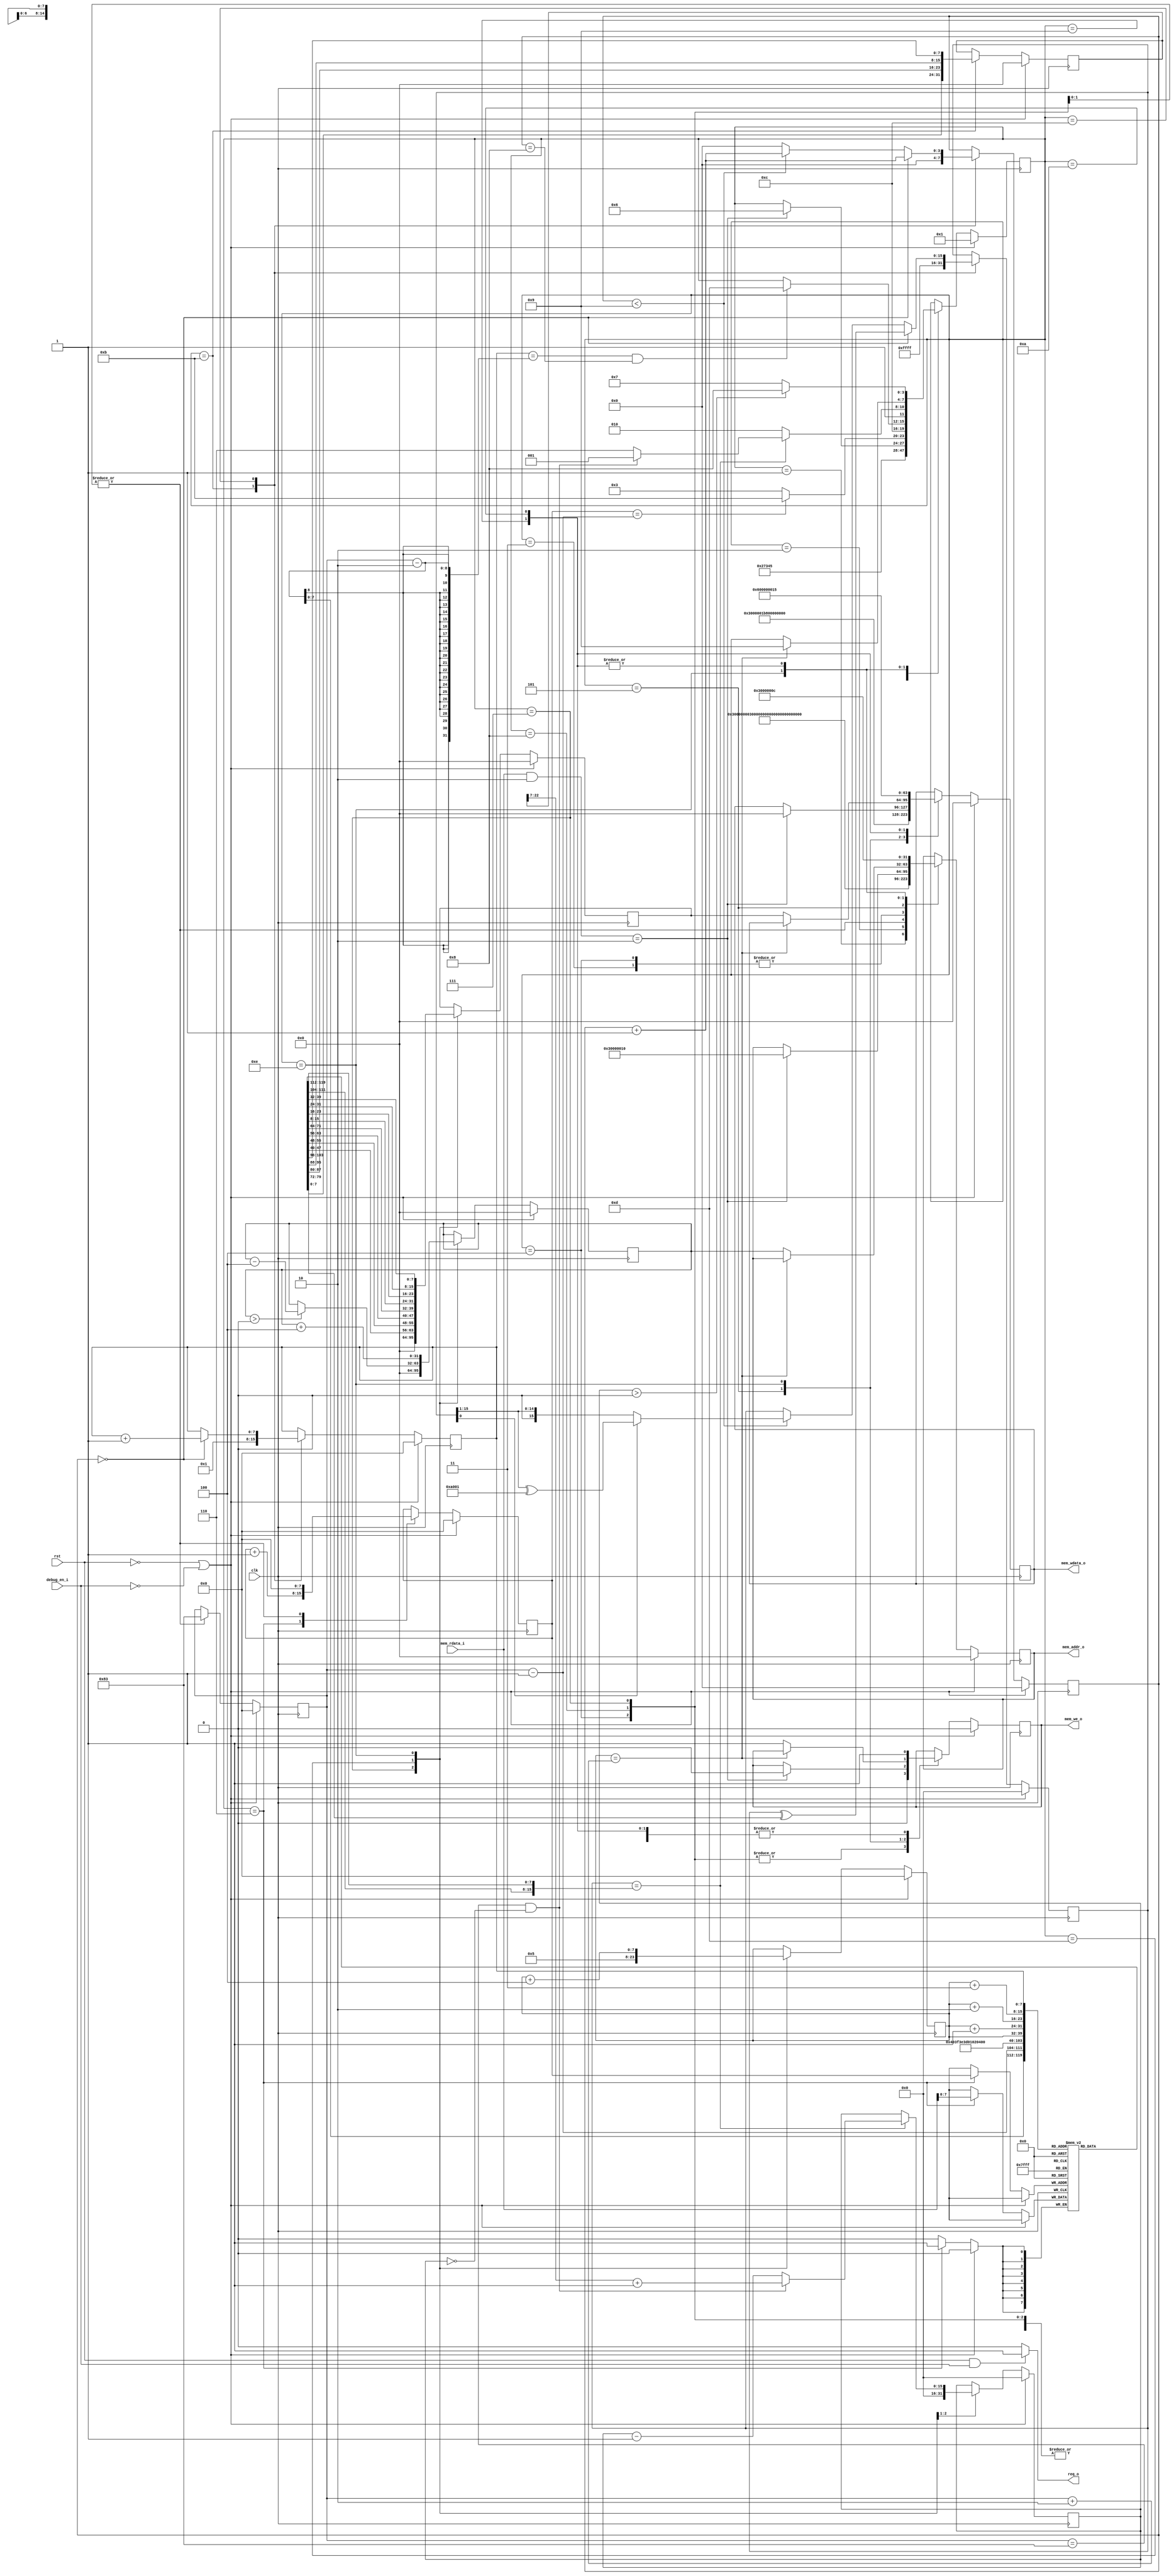
 

// 
`define UART_BAUD_115200        32'h1B8

// 
`define UART_CTRL_REG           32'h30000000
`define UART_STATUS_REG         32'h30000004
`define UART_BAUD_REG           32'h30000008
`define UART_TX_REG             32'h3000000c
`define UART_RX_REG             32'h30000010

`define UART_TX_BUSY_FLAG       32'h1
`define UART_RX_OVER_FLAG       32'h2

// ?
`define UART_FIRST_PACKET_LEN   8'd131
// 
`define UART_REMAIN_PACKET_LEN  8'd131

`define UART_RESP_ACK           32'h6
`define UART_RESP_NAK           32'h15

// 
`define ROM_START_ADDR          32'h0


// 
module uart_debug(

    input wire clk,                // 
    input wire rst,                // 

    input wire debug_en_i,         // 

    output wire req_o,
    output reg mem_we_o,
    output reg[31:0] mem_addr_o,
    output reg[31:0] mem_wdata_o,
    input wire[31:0] mem_rdata_i

    );


    // ?
    localparam S_IDLE = 1;
    localparam S_INIT_UART_BAUD = 2;
    localparam S_CLEAR_UART_RX_OVER_FLAG = 3;
    localparam S_WAIT_BYTE = 4;
    localparam S_WAIT_BYTE2 = 5;
    localparam S_GET_BYTE = 6;
    localparam S_REC_FIRST_PACKET = 7;
    localparam S_REC_REMAIN_PACKET = 8;
    localparam S_SEND_ACK = 9;
    localparam S_SEND_NAK = 10;
    localparam S_CRC_START = 11;
    localparam S_CRC_CALC = 12;
    localparam S_CRC_END = 13;
    localparam S_WRITE_MEM = 14;

    reg[3:0] state;

    // 
    reg[7:0] rx_data[0:131];
    reg[7:0] rec_bytes_index;
    reg[7:0] need_to_rec_bytes;
    reg[15:0] remain_packet_count;
    reg[31:0] fw_file_size;
    reg[31:0] write_mem_addr;
    reg[31:0] write_mem_data;
    reg[7:0] write_mem_byte_index;

    reg[15:0] crc_result;
    reg[3:0] crc_bit_index;
    reg[7:0] crc_byte_index;


    // 
    assign req_o = (rst == 1'b1 && debug_en_i == 1'b1)? 1'b1: 1'b0;


    always @ (posedge clk) begin
        if (rst == 1'b0 || debug_en_i == 1'b0) begin
            mem_addr_o <= 32'h0;
            mem_we_o <= 1'b0;
            mem_wdata_o <= 32'h0;
            state <= S_IDLE;
            remain_packet_count <= 16'h0;
        end else begin
            case (state)
                S_IDLE: begin
                    mem_addr_o <= `UART_CTRL_REG;
                    mem_wdata_o <= 32'h3;
                    mem_we_o <= 1'b1;
                    state <= S_INIT_UART_BAUD;
                end
                S_INIT_UART_BAUD: begin
                    mem_addr_o <= `UART_BAUD_REG;
                    mem_wdata_o <= `UART_BAUD_115200;
                    mem_we_o <= 1'b1;
                    state <= S_REC_FIRST_PACKET;
                end
                S_REC_FIRST_PACKET: begin
                    remain_packet_count <= 16'h0;
                    mem_addr_o <= 32'h0;
                    mem_we_o <= 1'b0;
                    mem_wdata_o <= 32'h0;
                    state <= S_CLEAR_UART_RX_OVER_FLAG;
                end
                S_REC_REMAIN_PACKET: begin
                    mem_addr_o <= 32'h0;
                    mem_we_o <= 1'b0;
                    mem_wdata_o <= 32'h0;
                    state <= S_CLEAR_UART_RX_OVER_FLAG;
                end
                S_CLEAR_UART_RX_OVER_FLAG: begin
                    mem_addr_o <= `UART_STATUS_REG;
                    mem_wdata_o <= 32'h0;
                    mem_we_o <= 1'b1;
                    state <= S_WAIT_BYTE;
                end
                S_WAIT_BYTE: begin
                    mem_addr_o <= `UART_STATUS_REG;
                    mem_wdata_o <= 32'h0;
                    mem_we_o <= 1'b0;
                    state <= S_WAIT_BYTE2;
                end
                S_WAIT_BYTE2: begin
                    if ((mem_rdata_i & `UART_RX_OVER_FLAG) == `UART_RX_OVER_FLAG) begin
                        mem_addr_o <= `UART_RX_REG;
                        mem_wdata_o <= 32'h0;
                        mem_we_o <= 1'b0;
                        state <= S_GET_BYTE;
                    end
                end
                S_GET_BYTE: begin
                    if (rec_bytes_index == (need_to_rec_bytes - 1'b1)) begin
                        state <= S_CRC_START;
                    end else begin
                        state <= S_CLEAR_UART_RX_OVER_FLAG;
                    end
                end
                S_CRC_START: begin
                    state <= S_CRC_CALC;
                end
                S_CRC_CALC: begin
                    if ((crc_byte_index == need_to_rec_bytes - 2) && crc_bit_index == 4'h8) begin
                        state <= S_CRC_END;
                    end
                end
                S_CRC_END: begin
                    if (crc_result == {rx_data[need_to_rec_bytes - 1], rx_data[need_to_rec_bytes - 2]}) begin
                        if (need_to_rec_bytes == `UART_FIRST_PACKET_LEN && remain_packet_count == 16'h0) begin
                            remain_packet_count <= {7'h0, fw_file_size[31:7]} + 1'b1;
                            state <= S_SEND_ACK;
                        end else begin
                            remain_packet_count <= remain_packet_count - 1'b1;
                            state <= S_WRITE_MEM;
                        end
                    end else begin
                        state <= S_SEND_NAK;
                    end
                end
                S_WRITE_MEM: begin
                    if (write_mem_byte_index == (need_to_rec_bytes + 2)) begin
                        state <= S_SEND_ACK;
                    end else begin
                        mem_addr_o <= write_mem_addr;
                        mem_wdata_o <= write_mem_data;
                        mem_we_o <= 1'b1;
                    end
                end
                S_SEND_ACK: begin
                    mem_addr_o <= `UART_TX_REG;
                    mem_wdata_o <= `UART_RESP_ACK;
                    mem_we_o <= 1'b1;
                    if (remain_packet_count > 0) begin
                        state <= S_REC_REMAIN_PACKET;
                    end else begin
                        state <= S_REC_FIRST_PACKET;
                    end
                end
                S_SEND_NAK: begin
                    mem_addr_o <= `UART_TX_REG;
                    mem_wdata_o <= `UART_RESP_NAK;
                    mem_we_o <= 1'b1;
                    if (remain_packet_count > 0) begin
                        state <= S_REC_REMAIN_PACKET;
                    end else begin
                        state <= S_REC_FIRST_PACKET;
                    end
                end
            endcase
        end
    end

    // 
    always @ (posedge clk) begin
        if (rst == 1'b0 || debug_en_i == 1'b0) begin
            need_to_rec_bytes <= 8'h0;
        end else begin
            case (state)
                S_REC_FIRST_PACKET: begin
                    need_to_rec_bytes <= `UART_FIRST_PACKET_LEN;
                end
                S_REC_REMAIN_PACKET: begin
                    need_to_rec_bytes <= `UART_REMAIN_PACKET_LEN;
                end
            endcase
        end
    end

    // ?
    always @ (posedge clk) begin
        if (rst == 1'b0 || debug_en_i == 1'b0) begin
            rec_bytes_index <= 8'h0;
        end else begin
            case (state)
                S_GET_BYTE: begin
                    rx_data[rec_bytes_index] <= mem_rdata_i[7:0];
                    rec_bytes_index <= rec_bytes_index + 1'b1;
                end
                S_REC_FIRST_PACKET: begin
                    rec_bytes_index <= 8'h0;
                end
                S_REC_REMAIN_PACKET: begin
                    rec_bytes_index <= 8'h0;
                end
            endcase
        end
    end

    // 
    always @ (posedge clk) begin
        if (rst == 1'b0 || debug_en_i == 1'b0) begin
            fw_file_size <= 32'h0;
        end else begin
            case (state)
                S_CRC_START: begin
                    fw_file_size <= {rx_data[61], rx_data[62], rx_data[63], rx_data[64]};
                end
            endcase
        end
    end

    // 
    always @ (posedge clk) begin
        if (rst == 1'b0 || debug_en_i == 1'b0) begin
            write_mem_addr <= 32'h0;
            write_mem_data <= 32'h0;
            write_mem_byte_index <= 8'h0;
        end else begin
            case (state)
                S_REC_FIRST_PACKET: begin
                    write_mem_addr <= `ROM_START_ADDR;
                    write_mem_data <= 32'h0;
                    write_mem_byte_index <= 8'h0;
                end
                S_CRC_END: begin
                    write_mem_data <= {rx_data[4], rx_data[3], rx_data[2], rx_data[1]};
                    write_mem_byte_index <= 8'h5;
                    if (write_mem_addr > 0)
                        write_mem_addr <= write_mem_addr - 4;
                end
                S_WRITE_MEM: begin
                    write_mem_addr <= write_mem_addr + 4;
                    write_mem_data <= {rx_data[write_mem_byte_index + 3], rx_data[write_mem_byte_index + 2], rx_data[write_mem_byte_index + 1], rx_data[write_mem_byte_index]};
                    write_mem_byte_index <= write_mem_byte_index + 4;
                end
            endcase
        end
    end

    // 
    always @ (posedge clk) begin
        if (rst == 1'b0 || debug_en_i == 1'b0) begin
            crc_result <= 16'h0;
            crc_bit_index <= 4'h0;
            crc_byte_index <= 8'h0;
        end else begin
            case (state)
                S_CRC_START: begin
                    crc_result <= 16'hffff;
                    crc_bit_index <= 4'h0;
                    crc_byte_index <= 8'h1;
                end
                S_CRC_CALC: begin
                    if (crc_bit_index == 4'h0) begin
                        crc_result <= crc_result ^ rx_data[crc_byte_index];
                        crc_byte_index <= crc_byte_index + 1'b1;
                        crc_bit_index <= crc_bit_index + 1'b1;
                    end else begin
                        if (crc_bit_index < 4'h9) begin
                            crc_bit_index <= crc_bit_index + 1'b1;
                            if (crc_result[0] == 1'b1) begin
                                crc_result <= {1'b0, crc_result[15:1]} ^ 16'ha001;
                            end else begin
                                crc_result <= {1'b0, crc_result[15:1]};
                            end
                        end else begin
                            crc_bit_index <= 4'h0;
                        end
                    end
                end
            endcase
        end
    end

endmodule